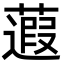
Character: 蕸